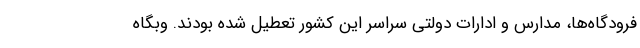
فرودگاه‌ها، مدارس و ادارات دولتی سراسر این کشور تعطیل شده بودند. وبگاه